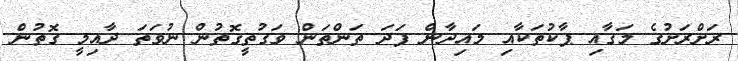
ރަށްރަށުގެ މަގާއި ޕާކުތަކާއި މައިދާން ފަދަ ތަންތަން ވަގުތީގޮތުން ނުވަތަ ދާއިމީ ގޮތުން